Papers set at the Examination for Leaving Certificates, 1895
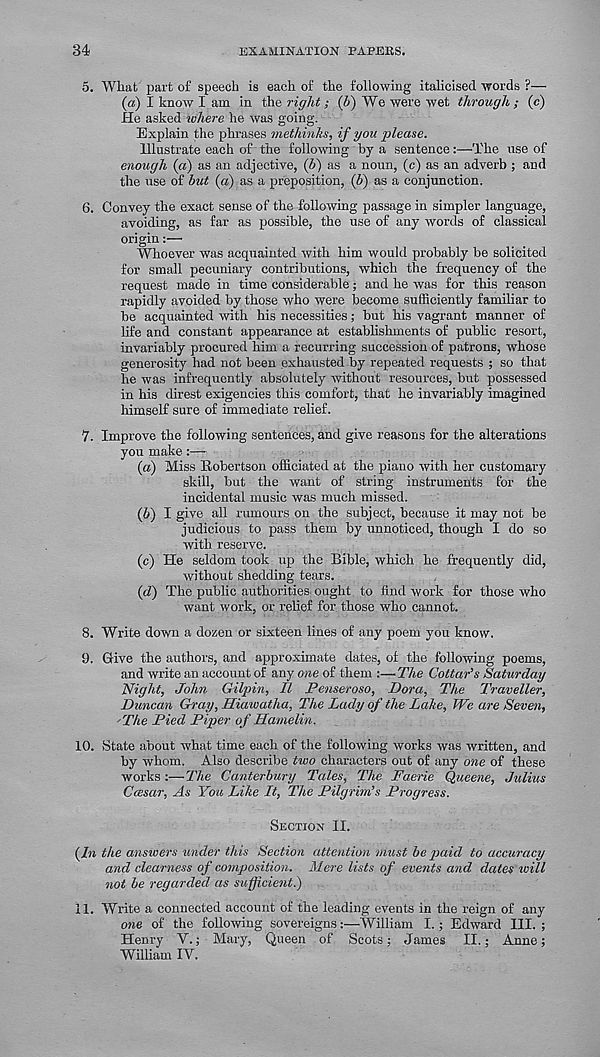
34
EXAMINATION PAPERS.
5. What part of speech is each of the following italicised words ?—
(a) I know I am in the right; (It) We were wet through ; (c)
He asked where he was going.
Explain the phrases methinks, if you please.
Illustrate each of the following by a sentence:—The use of
enough (a) as an adjective, (b) as a noun, (c) as an adverb ; and
the use of but (a) as a preposition, (b) as a conjunction.
6. Convey the exact sense of the following passage in simpler language,
avoiding, as far as possible, the use of any words of classical
origin:—
Whoever was acquainted with him would probably be solicited
for small pecuniary contributions, which the frequency of the
request made in time considerable; and he was for this reason
rapidly avoided by those who were become sufficiently familiar to
be acquainted with his necessities; but his vagrant manner of
life and constant appearance at establishments of public resort,
invariably procured him a recurring succession of patrons, whose
generosity had not been exhausted by repeated requests ; so that
he was infrequently absolutely without resources, but possessed
in his direst exigencies this comfort, that he invariably imagined
himself sure of immediate relief.
7. Improve the following sentences, and give reasons for the alterations
you make:—
(a) Miss Robertson officiated at the piano with her customary
skill, but the want of string instruments for the
incidental music was much missed.
(b) I give all rumours on the subject, because it may not be
judicious to pass them by unnoticed, though I do so
with reserve.
(c) He seldom took up the Bible, which he frequently did,
without shedding tears.
(d) The public authorities ought to find work for those who
want work, or relief for those who cannot.
8. Write down a dozen or sixteen lines of any poem you know.
9. Give the authors, and approximate dates, of the following poems,
and write an account of any one of them :—The Cottar’s Saturday
Night, John Gilpin, II Penseroso, Dora, The Traveller,
Duncan Gray, Hiawatha, The Lady of the Lake, We are Seven,
'The Pied Piper of Hamelin.
10. State about what time each of the following works was written, and
by whom. Also describe two characters out of any one of these
works :—The Canterbury Tales, The Faerie Queene, Julius
Ccesar, As You Like It, The Pilgrim’s Progress.
Section II.
(In the answers under this Section attention must be paid to accuracy
and clearness of composition. Mere lists of events and dates will
not be regarded as sufficient.)
11. Write a connected account of the leading events in the reign of any
one of the following sovereigns:—William I.; Edward 111. ;
Henry V.; Mary, Queen of Scots; James II.; Anne;
William IV.